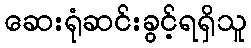
ဆေးရုံဆင်းခွင့်ရရှိသူ